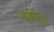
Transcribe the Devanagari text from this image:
कविट्ठ